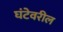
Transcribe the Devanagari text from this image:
घंटेवरील